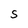
Character: S